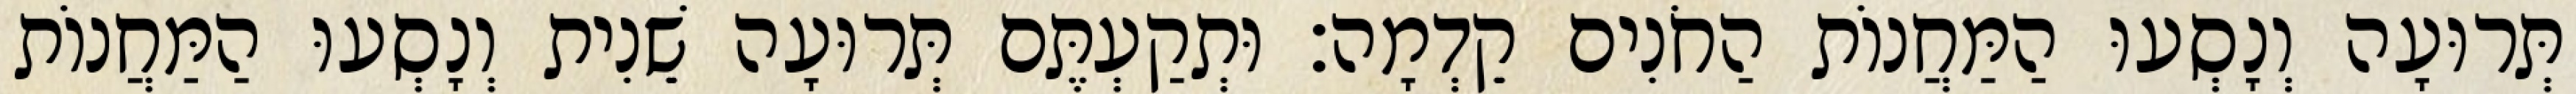
תְּרוּעָה וְנָסְעוּ הַמַּחֲנוֹת הַחֹנִים קֵדְמָה׃ וּתְקַעְתֶּם תְּרוּעָה שֵׁנִית וְנָסְעוּ הַמַּחֲנוֹת